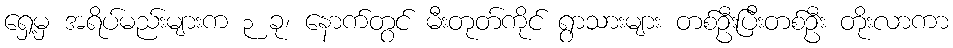
ရှေ့မှ အရိပ်မည်းများက ၃ ခု၊ နောက်တွင် မီးတုတ်ကိုင် ရွာသားများ တစ်ဦးပြီးတစ်ဦး တိုးလာကာ